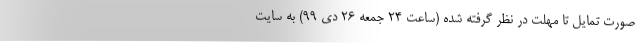
صورت تمایل تا مهلت در نظر گرفته شده (ساعت ۲۴ جمعه ۲۶ دی ۹۹) به سایت